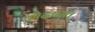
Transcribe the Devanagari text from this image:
मैदानत